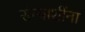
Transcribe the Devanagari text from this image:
संन्याशींना